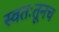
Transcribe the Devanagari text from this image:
स्वतःतूनच